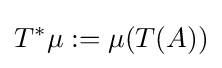
T^{*}\mu :=\mu (T(A))